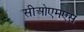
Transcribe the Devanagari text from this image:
सीओएमएस